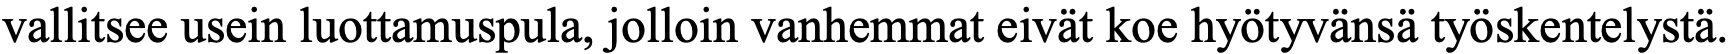
vallitsee usein luottamuspula, jolloin vanhemmat eivät koe hyötyvänsä työskentelystä.